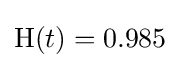
\mathrm {H} {(t)}=0.985